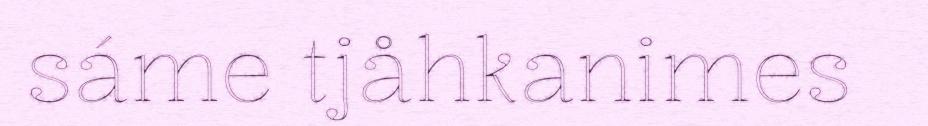
sáme tjåhkanimes